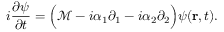
i \frac { \partial \psi } { \partial t } = \Big ( \mathcal { M } - i \alpha _ { 1 } \partial _ { 1 } - i \alpha _ { 2 } \partial _ { 2 } \Big ) \psi ( \mathbf { r } , t ) .